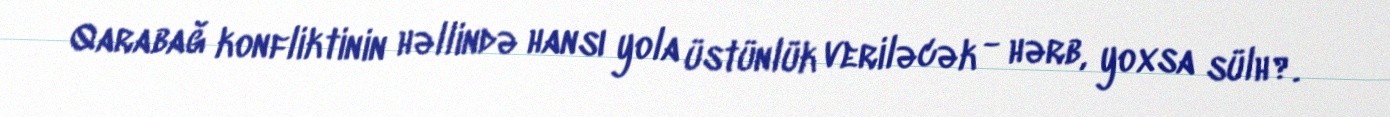
Qarabağ konfliktinin həllində hansı yola üstünlük veriləcək - hərb, yoxsa sülh?.